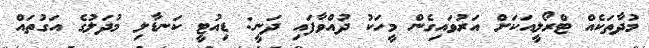
މުދާތަކެއް ޓްރޯލީއަކަށް އަރުވައިގެން މީހަކު ދުއްވާފައި ދަނީ: ޑިއުޓީ ކަނޑާލި މުދަލުގެ އަގުތައް